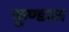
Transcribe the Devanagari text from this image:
कुण्डाल